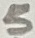
Text: 5